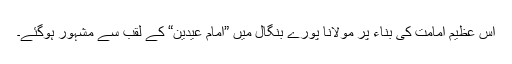
اس عظیم امامت کی بناء پر مولانا پورے بنگال میں ”امام عیدین“ کے لقب سے مشہور ہوگئے۔